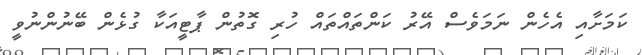
ކަމަށާއި އެހެން ނަމަވެސް އޭރު ކަންތައްތައް ހުރި ގޮތުން ޕާޓީއަކާ ގުޅެން ބޭނުންނުވީ